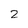
Character: 2